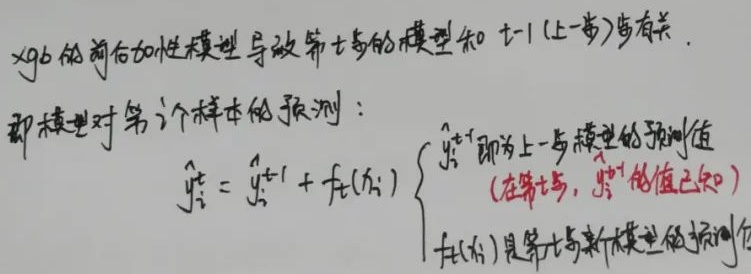
xgb的前向加性模型导致第\(t\)步的模型和 \(t - 1\)(上一步)步有关。即模型对第\(i\)个样本的预测：
\(\hat{y}_{i}^{t}=\hat{y}_{i}^{t - 1}+f_t(x_i)\) ，其中
\(\begin{cases}
\hat{y}_{i}^{t - 1}\text{即为上一步模型的预测值}\\
(\text{在第}t\text{步，}\hat{y}_{i}^{t - 1}\text{的值已知}) \\
f_t(x_i)\text{是第}t\text{步新模型的预测值}
\end{cases}\)